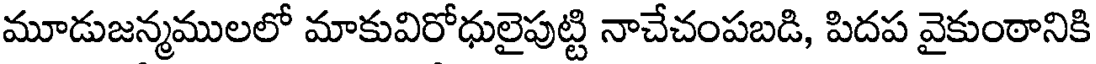
మూడుజన్మములలో మాకువిరోధులైపుట్టి నాచేచంపబడి, పిదప వైకుంఠానికి